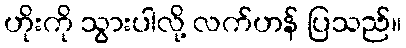
ဟိုးကို သွားပါလို့ လက်ဟန် ပြသည်။